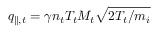
q _ { \parallel , t } = \gamma n _ { t } T _ { t } M _ { t } \sqrt { 2 T _ { t } / m _ { i } }